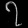
Digit: ၇